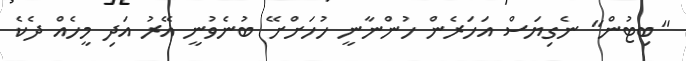
"ބިޓުން" ނެގިޔަސް އަހަރެން ހުންނާނީ ހުހަށްށޭ ބުނެވުނީ އޭރު އަދި މީހެއް ދެކެ